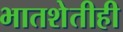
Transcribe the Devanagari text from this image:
भातशेतीही